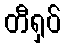
တီရှပ်